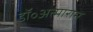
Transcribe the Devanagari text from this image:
डॉ॰अत्माराम